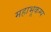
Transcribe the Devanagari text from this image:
महाभूकम्प